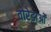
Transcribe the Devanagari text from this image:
वोरेडाओं